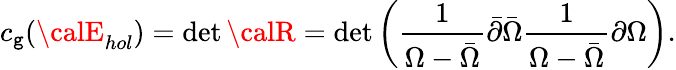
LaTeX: c_{\mathtt{g}}({\calE}_{hol})=\operatorname*{det}{\calR}=\operatorname*{det}\left({\frac{{1}}{{\Omega-\bar{{\Omega}}}}}\bar{{\partial}}\bar{{\Omega}}{\frac{{1}}{{\Omega-\bar{{\Omega}}}}}\partial\Omega\right).